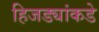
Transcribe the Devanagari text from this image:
हिजड्यांकडे